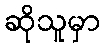
ဆိုသူမှာ